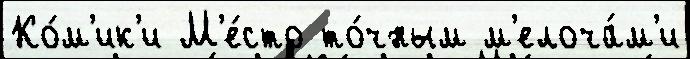
Ко́м'ик'и М'е́сто то́чным м'елоча́м'и